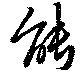
能